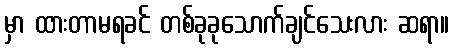
မှာ ထားတာမရခင် တစ်ခုခုသောက်ချင်သေးလား ဆရာ။